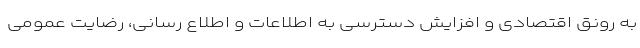
به رونق اقتصادی و افزایش دسترسی به اطلاعات و اطلاع رسانی، رضایت عمومی